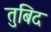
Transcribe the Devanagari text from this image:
तुबिद